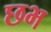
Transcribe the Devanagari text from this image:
छभ